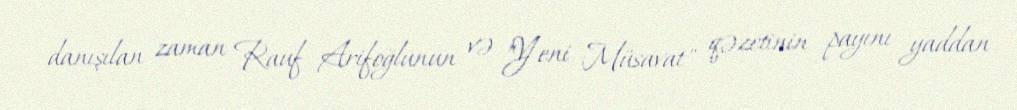
danışılan zaman Rauf Arifoğlunun və "Yeni Müsavat" qəzetinin payını yaddan